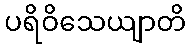
ပရိဝိသေယျာတိ